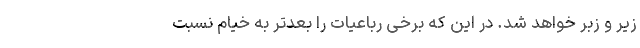
زیر و زبر خواهد شد. در این که برخی رباعیات را بعدتر به خیام نسبت